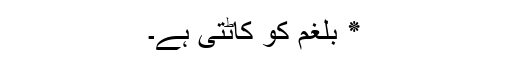
٭ بلغم کو کاٹتی ہے۔